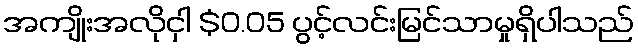
အကျိုးအလိုငှါ $0.05 ပွင့်လင်းမြင်သာမှုရှိပါသည်